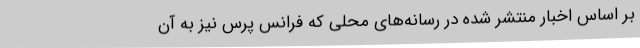
بر اساس اخبار منتشر شده در رسانه‌های محلی که فرانس پرس نیز به آن